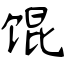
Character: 馄